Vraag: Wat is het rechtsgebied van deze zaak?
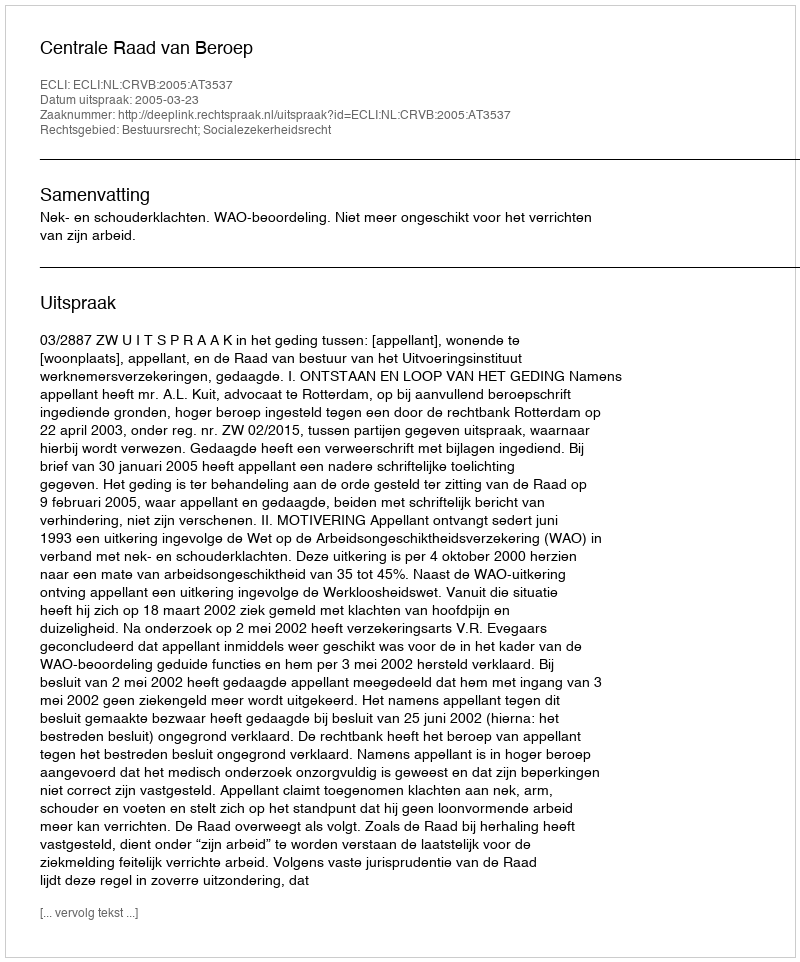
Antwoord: Bestuursrecht; Socialezekerheidsrecht